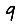
Digit: 9